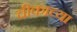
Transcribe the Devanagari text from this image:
चीकाच्या